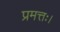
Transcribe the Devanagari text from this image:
प्रमत्तः।